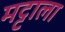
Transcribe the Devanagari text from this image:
मट्टाला